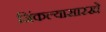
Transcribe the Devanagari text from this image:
जिंकल्यासारखे